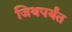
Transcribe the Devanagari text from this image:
जिथपर्यंत